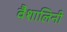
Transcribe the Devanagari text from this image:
वैशालिनी